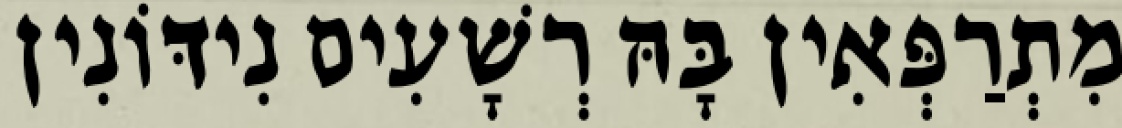
מִתְרַפְּאִין בָּהּ רְשָׁעִים נִידּוֹנִין